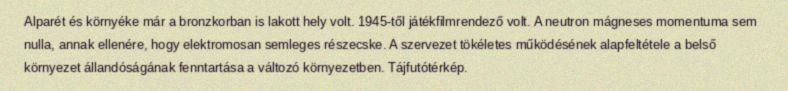
Alparét és környéke már a bronzkorban is lakott hely volt. 1945-től játékfilmrendező volt. A neutron mágneses momentuma sem nulla, annak ellenére, hogy elektromosan semleges részecske. A szervezet tökéletes működésének alapfeltétele a belső környezet állandóságának fenntartása a változó környezetben. Tájfutótérkép.